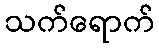
သက်ရောက်